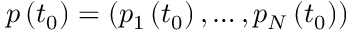
p \left( t _ { 0 } \right) = \left( p _ { 1 } \left( t _ { 0 } \right) , \ldots , p _ { N } \left( t _ { 0 } \right) \right)